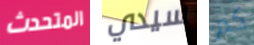
المتحدث سيدي كم